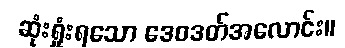
ဆုံးရှုံးရသော ဒေဝဒတ်အလောင်း။